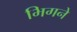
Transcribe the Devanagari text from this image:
भिगने